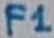
Text: F1